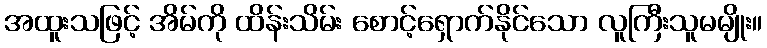
အထူးသဖြင့် အိမ်ကို ထိန်းသိမ်း စောင့်ရှောက်နိုင်သော လူကြီးသူမမျိုး။